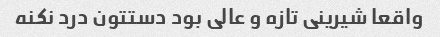
واقعا شیرینی تازه و عالی بود دستتون درد نکنه